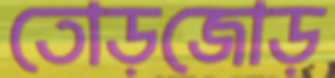
তোড়জোড়